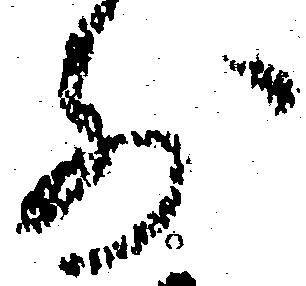
前